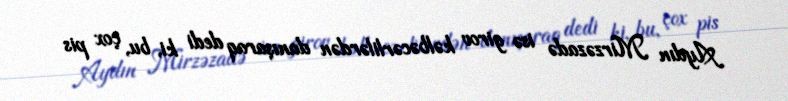
Aydın Mirzəzadə isə girov kəlbəcərlilərdən danışaraq dedi ki, bu, çox pis